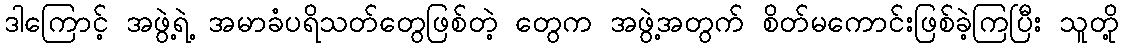
ဒါကြောင့် အဖွဲ့ရဲ့ အမာခံပရိသတ်တွေဖြစ်တဲ့ တွေက အဖွဲ့အတွက် စိတ်မကောင်းဖြစ်ခဲ့ကြပြီး သူတို့